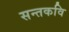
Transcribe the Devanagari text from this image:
सन्तकवि